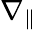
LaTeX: \nabla_{\parallel}